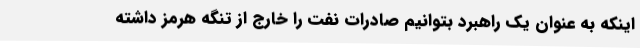
اینکه به عنوان یک راهبرد بتوانیم صادرات نفت را خارج از تنگه هرمز داشته